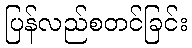
ပြန်လည်စတင်ခြင်း